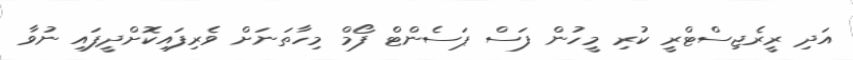
އަދި ރީރެޖިސްޓްރީ ކުރި މީހުން ފަސް ޕަސެންޓް ފޯމް މިހާތަނަށް ވެރިފައިކޮށްދީފައި ނުވާ